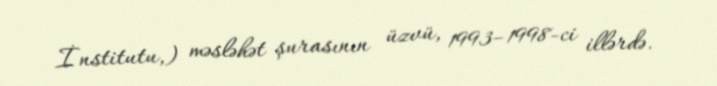
İnstitutu,) məsləhət şurasının üzvü, 1993–1998-ci illərdə.